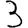
Digit: 3